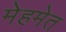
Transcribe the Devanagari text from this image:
मेहमेत